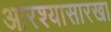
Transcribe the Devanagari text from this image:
आरश्यासारखा